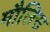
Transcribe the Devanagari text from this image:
मौलिस